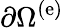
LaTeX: \partial\Omega^{\left(\mathrm{e}\right)}